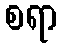
စရာ